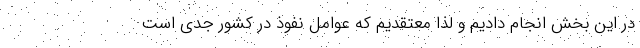
در این بخش انجام دادیم و لذا معتقدیم که عوامل نفوذ در کشور جدی است